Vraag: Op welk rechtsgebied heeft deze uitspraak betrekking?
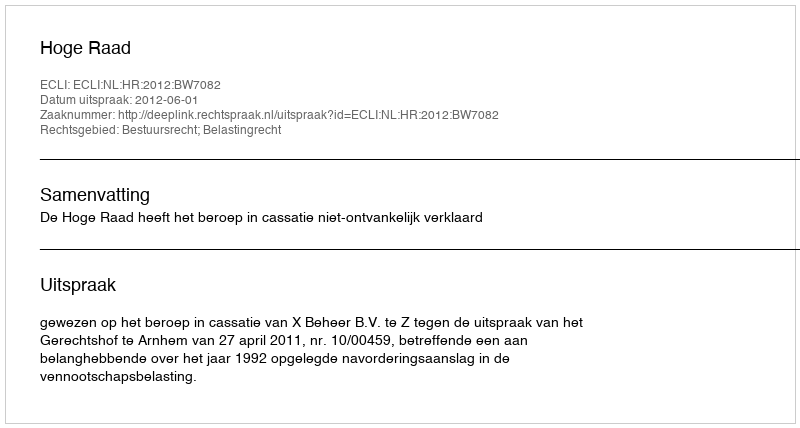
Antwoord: Bestuursrecht; Belastingrecht